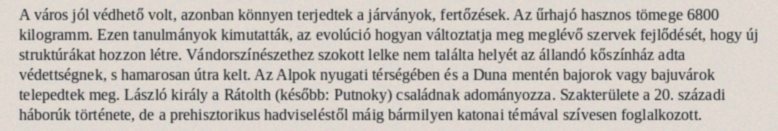
A város jól védhető volt, azonban könnyen terjedtek a járványok, fertőzések. Az űrhajó hasznos tömege 6800 kilogramm. Ezen tanulmányok kimutatták, az evolúció hogyan változtatja meg meglévő szervek fejlődését, hogy új struktúrákat hozzon létre. Vándorszínészethez szokott lelke nem találta helyét az állandó kőszínház adta védettségnek, s hamarosan útra kelt. Az Alpok nyugati térségében és a Duna mentén bajorok vagy bajuvárok telepedtek meg. László király a Rátolth (később: Putnoky) családnak adományozza. Szakterülete a 20. századi háborúk története, de a prehisztorikus hadviseléstől máig bármilyen katonai témával szívesen foglalkozott.